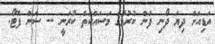
އަޑިއަށް ދިޔަ ދޯނި ފުން ކުރުމުގެ މަސައްކަތް ކުރަނީ -- ސަން ފޮޓޯ: